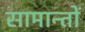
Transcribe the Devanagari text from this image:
सामान्तों